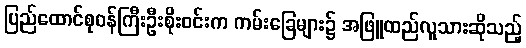
ပြည်ထောင်စုဝန်ကြီးဦးစိုးဝင်းက ကမ်းခြေများ၌ အဖြူထည်လူသားဆိုသည့်